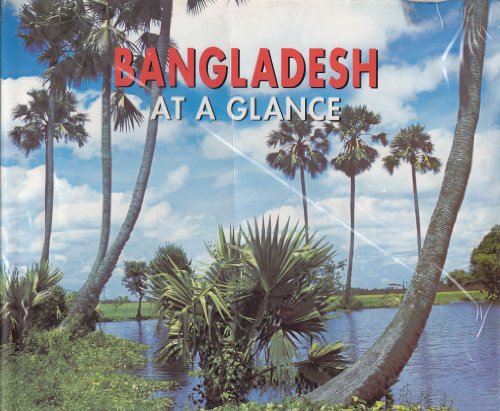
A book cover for Bangladesh At A Glance; Travel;